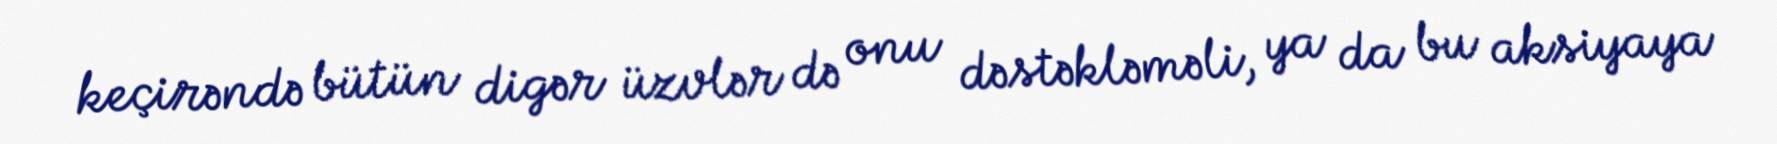
keçirəndə bütün digər üzvlər də onu dəstəkləməli, ya da bu aksiyaya